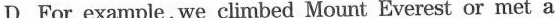
D.For example,we climbed Mount Everest or met a